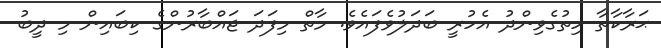
ޙަރާކާތާ ހިތުގެވިންދު އެހުރީ ބަދަލުވެފައެވެ. މާތް މިިފަދަ ޖައްބާރުންގެ ކިބައިން މި ދީބު